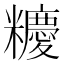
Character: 𥽝